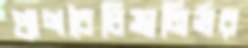
প্রাণবৈচিত্র্যনির্ভর